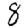
Digit: 8